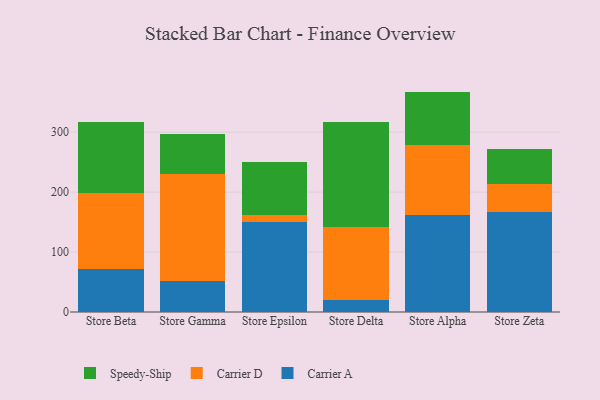
{"axis": {"x": "Store", "y": "Population (Million)"}, "legend": ["Carrier A", "Carrier D", "Speedy-Ship"], "data": [{"x": "Store Beta", "y": 71.3, "type": "Carrier A"}, {"x": "Store Beta", "y": 126.7, "type": "Carrier D"}, {"x": "Store Beta", "y": 118.7, "type": "Speedy-Ship"}, {"x": "Store Gamma", "y": 51.3, "type": "Carrier A"}, {"x": "Store Gamma", "y": 178.7, "type": "Carrier D"}, {"x": "Store Gamma", "y": 67.2, "type": "Speedy-Ship"}, {"x": "Store Epsilon", "y": 150.4, "type": "Carrier A"}, {"x": "Store Epsilon", "y": 12.2, "type": "Carrier D"}, {"x": "Store Epsilon", "y": 87.0, "type": "Speedy-Ship"}, {"x": "Store Delta", "y": 19.3, "type": "Carrier A"}, {"x": "Store Delta", "y": 123.2, "type": "Carrier D"}, {"x": "Store Delta", "y": 173.7, "type": "Speedy-Ship"}, {"x": "Store Alpha", "y": 162.0, "type": "Carrier A"}, {"x": "Store Alpha", "y": 115.8, "type": "Carrier D"}, {"x": "Store Alpha", "y": 89.8, "type": "Speedy-Ship"}, {"x": "Store Zeta", "y": 167.5, "type": "Carrier A"}, {"x": "Store Zeta", "y": 45.8, "type": "Carrier D"}, {"x": "Store Zeta", "y": 58.4, "type": "Speedy-Ship"}]}